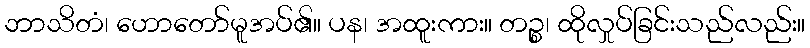
ဘာသိတံ၊ ဟောတော်မူအပ်၏။ ပန၊ အထူးကား။ တဉ္စ၊ ထိုလှုပ်ခြင်းသည်လည်း။